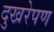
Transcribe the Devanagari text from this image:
दुखरेपण